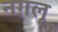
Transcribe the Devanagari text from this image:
नग़लू